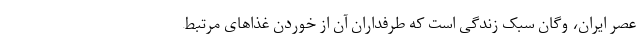
عصر ایران، وگان‌ سبک زندگی است که طرفداران آن از خوردن غذاهای مرتبط